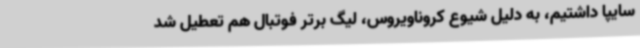
سایپا داشتیم، به دلیل شیوع کروناویروس، لیگ برتر فوتبال هم تعطیل شد